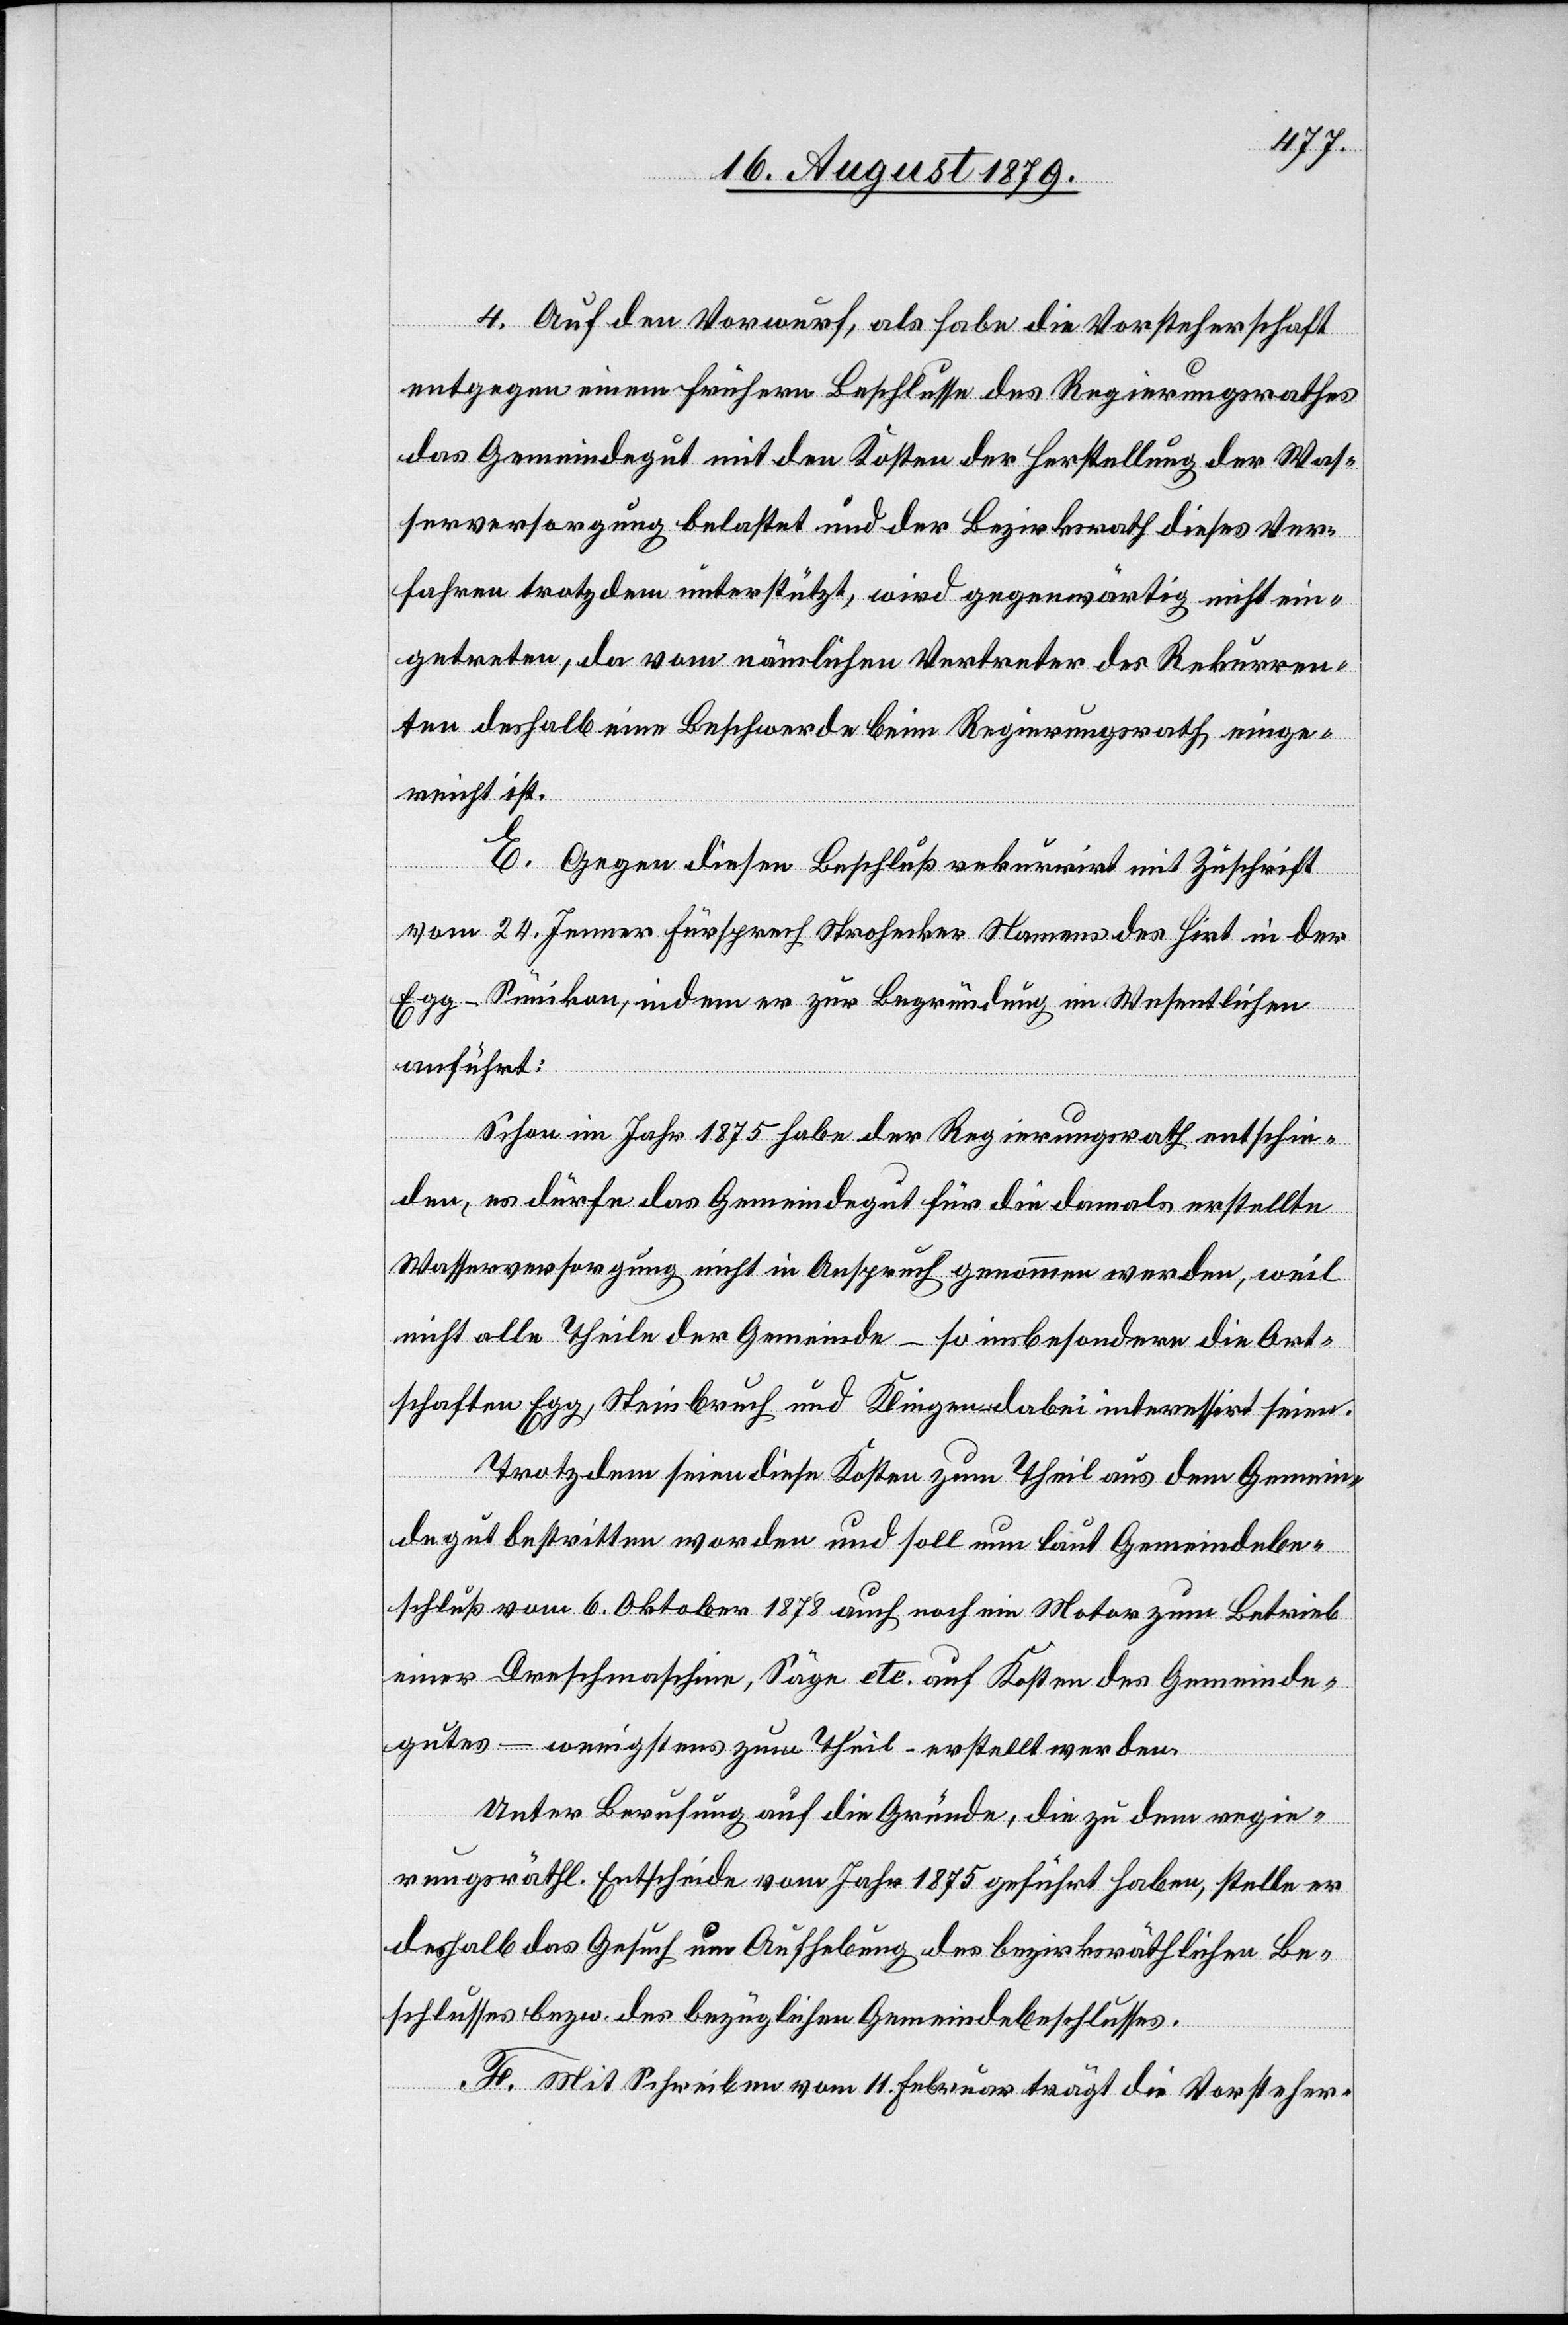
4. Auf den Vorwurf, als habe die Vorsteherschaft
entgegen einem frühern Beschlusse des Regierungsrathes
das Gemeindegut mit den Kosten der Herstellung der Was¬
serversorgung belastet und der Bezirksrath dieses Ver¬
fahren trotzdem unterstützt, wird gegenwärtig nicht ein¬
getreten, da vom nämlichen Vertreter des Rekurren¬
ten deshalb eine Beschwerde beim Regierungsrath einge¬
reicht ist.
E. Gegen diesen Beschluß rekurrirt mit Zuschrift
vom 24. Jenner Fürsprech Stroheker Namens des Hirt in der
Egg - Sünikon, indem er zur Begründung im Wesentlichen
anführt:
Schon im Jahr 1875 habe der Regierungsrath entschie¬
den, es dürfe das Gemeindegut für die damals erstellte
Wasserversorgung nicht in Anspruch genommen werden, weil
nicht alle Theile der Gemeinde – so insbesondere die Ort¬
schaften Egg, Steinbruch und Klingen dabei interessiert seien.
Trotzdem seien diese Kosten zum Theil aus dem Gemein¬
degut bestritten worden und soll nun laut Gemeindebe¬
schluß vom 6. Oktober 1878 auch noch ein Motor zum Betrieb
einer Drehmaschine, Säge etc. auf Kosten des Gemeinde¬
gutes – wenigstens zum Theil – erstellt werden.
Unter Berufung auf die Gründe, die zu dem regie¬
rungsräthl. Entscheide vom Jahr 1875 geführt haben, stelle er
deshalb das Gesuch um Aufhebung des bezirksräthlichen Be¬
schlusses bezw. des bezüglichen Gemeindebeschlusses.
F. Mit Schreiben vom 11. Februar trägt die Vorsteher-